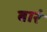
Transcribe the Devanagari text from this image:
बारं